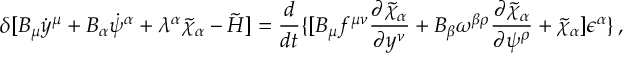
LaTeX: \delta [ B _ { \mu } \dot { y } ^ { \mu } + B _ { \alpha } \dot { \psi } ^ { \alpha } + \lambda ^ { \alpha } \tilde { \chi } _ { \alpha } - \tilde { H } ] = { \frac { d } { d t } } \{ [ B _ { \mu } f ^ { \mu \nu } { \frac { \partial \tilde { \chi } _ { \alpha } } { \partial y ^ { \nu } } } + B _ { \beta } \omega ^ { \beta \rho } { \frac { \partial \tilde { \chi } _ { \alpha } } { \partial \psi ^ { \rho } } } + \tilde { \chi } _ { \alpha } ] \epsilon ^ { \alpha } \} \, ,